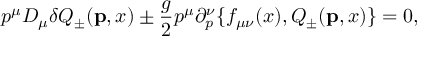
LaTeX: p ^ { \mu } D _ { \mu } \delta Q _ { \pm } ( { \bf p } , x ) \pm { \frac { g } { 2 } } p ^ { \mu } \partial _ { p } ^ { \nu } \{ f _ { \mu \nu } ( x ) , Q _ { \pm } ( { \bf p } , x ) \} = 0 ,